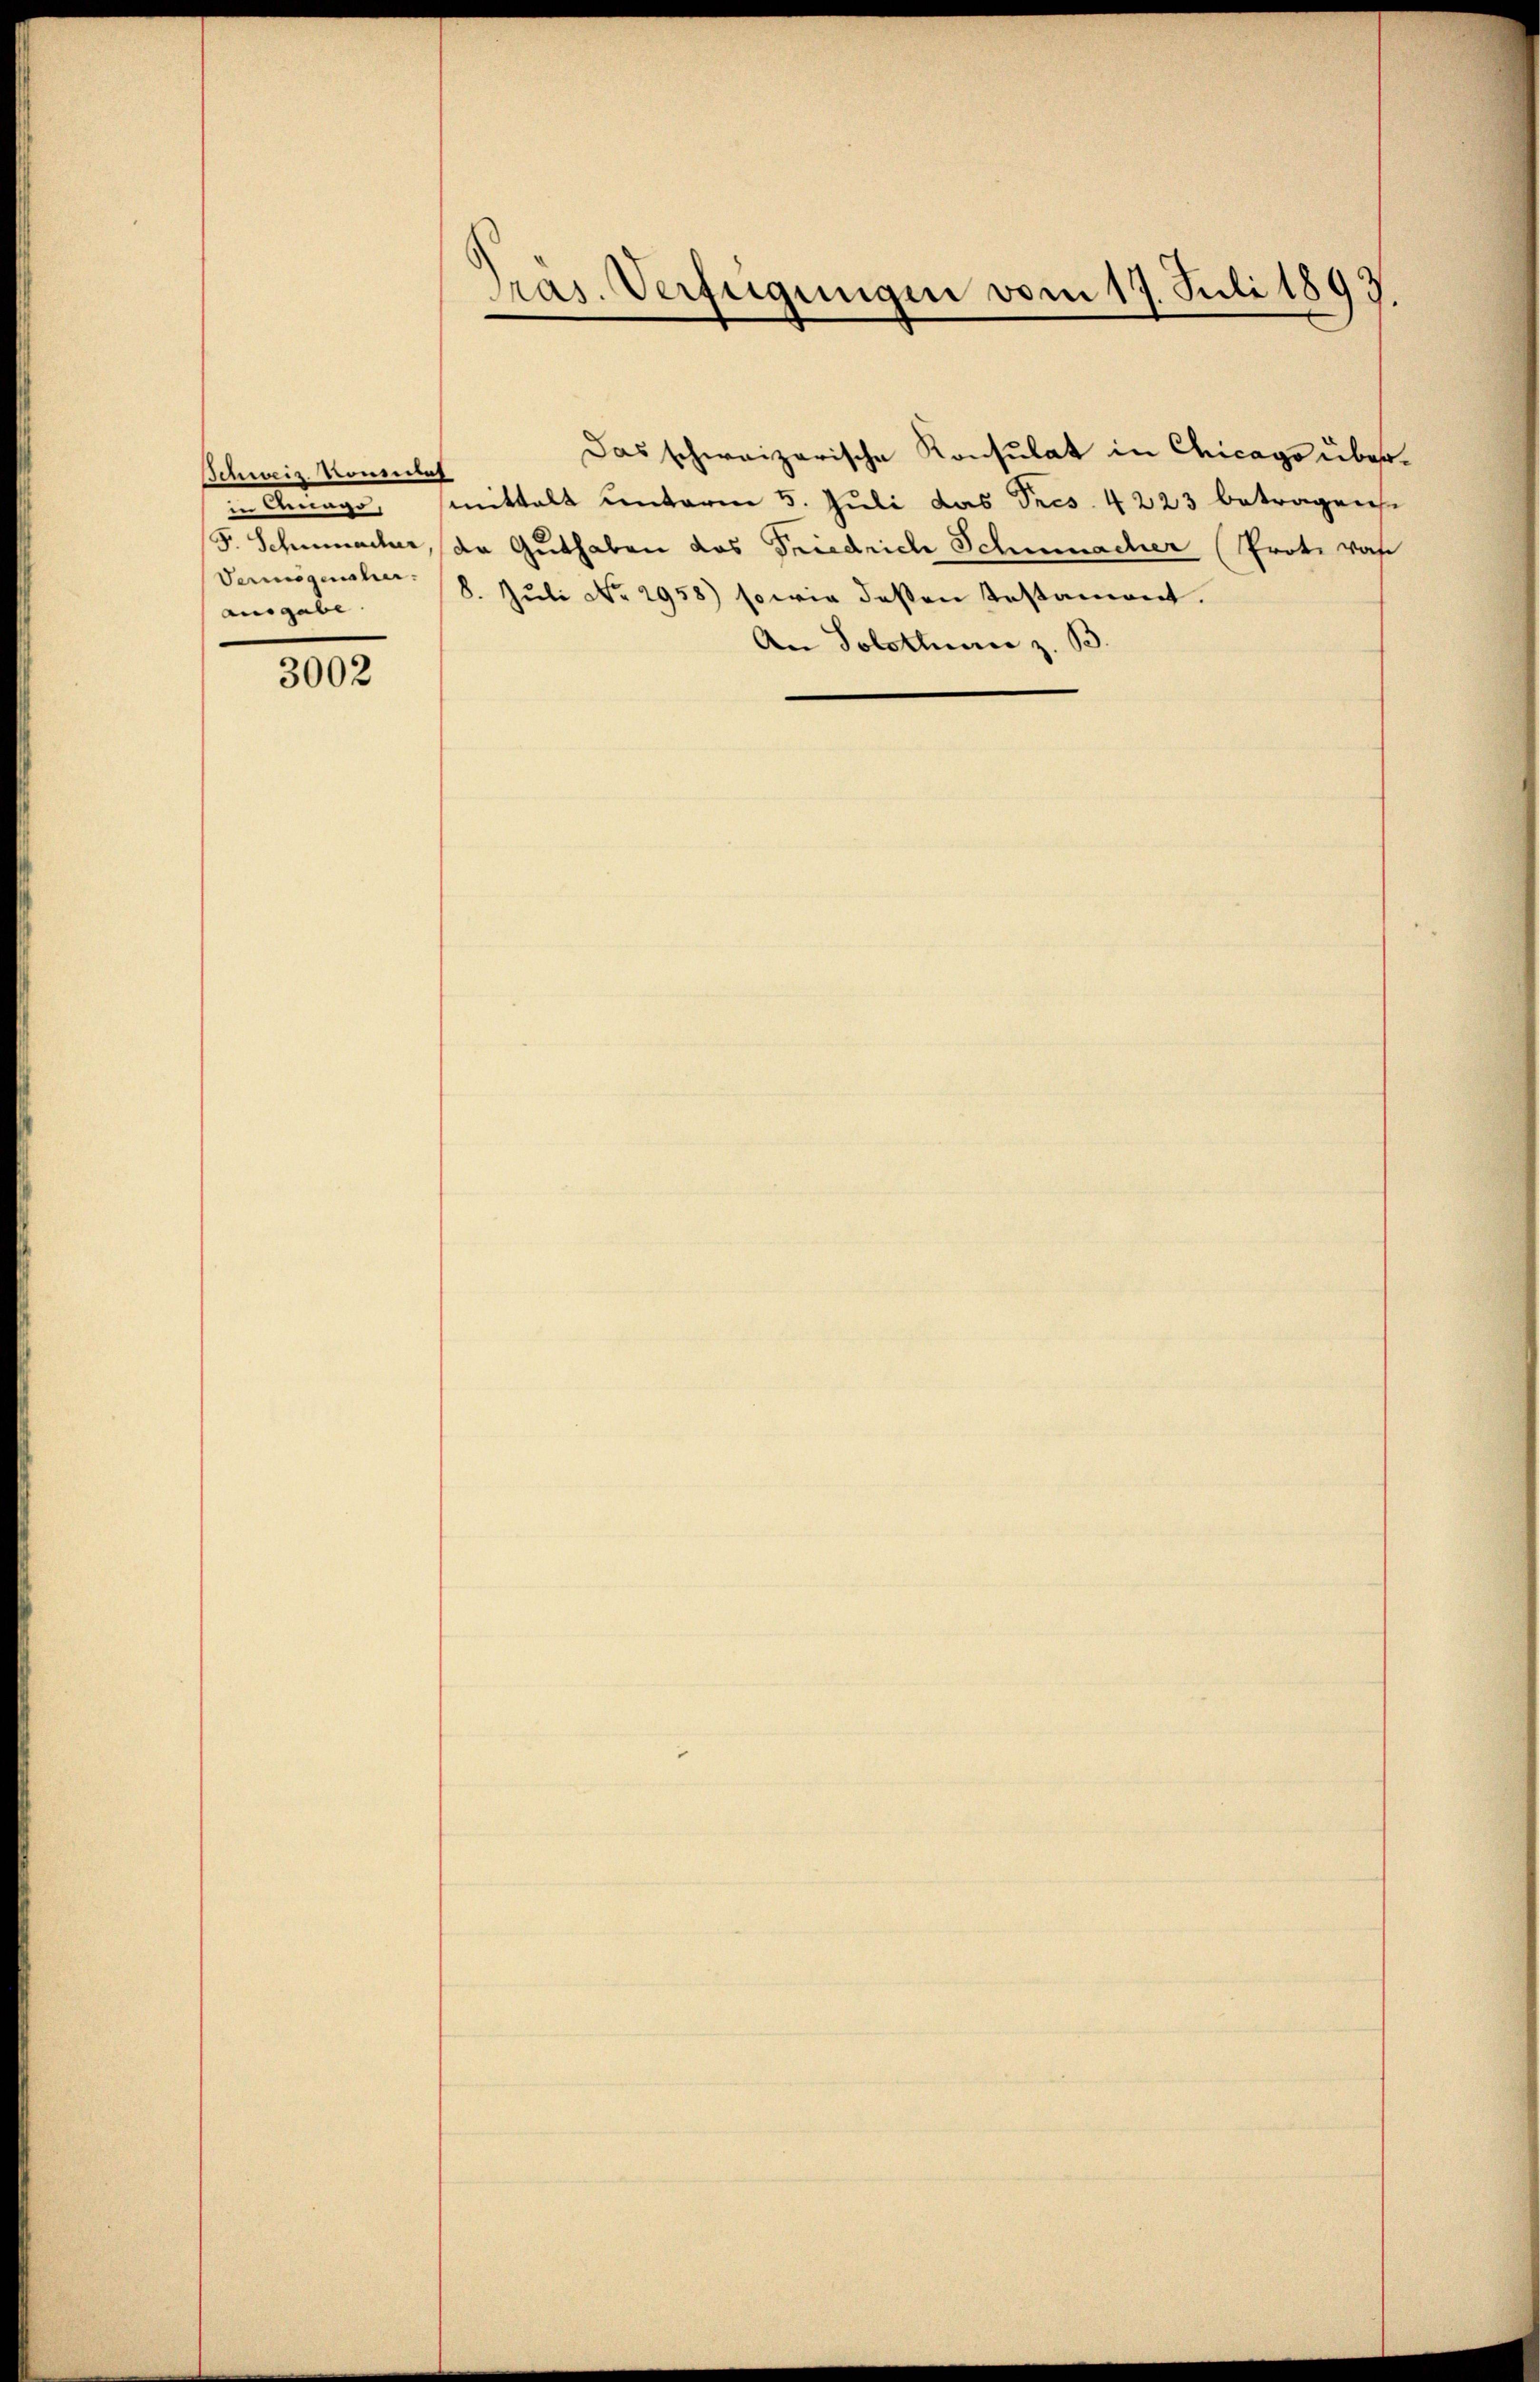
Schweiz. Kometet
in Arago,
F. Schumacher
Vermögensher
ausgabe.

3002

Dras. Verfügungen vom 17. Juli 1893.

An Solothur z. B.

Das schweizerische Konsulat in Chicago übermittalt unterm 5. Juli das Pres. 4223 betragen.
de Guthaben das Friedrich Schmacher (Prote von
8. Juli No 2958) sowie deßen Testament.